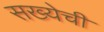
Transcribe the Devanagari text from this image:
सख्येची